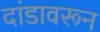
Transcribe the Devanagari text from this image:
दांडावरून